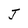
Character: J